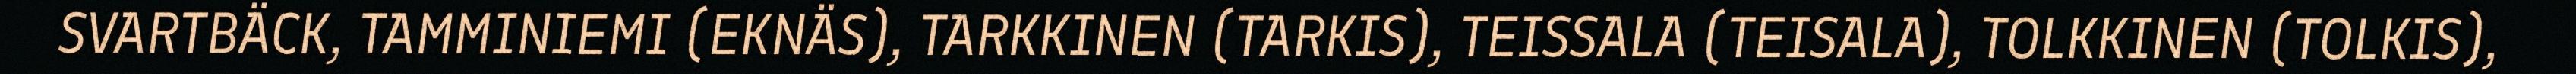
SVARTBÄCK, TAMMINIEMI (EKNÄS), TARKKINEN (TARKIS), TEISSALA (TEISALA), TOLKKINEN (TOLKIS),